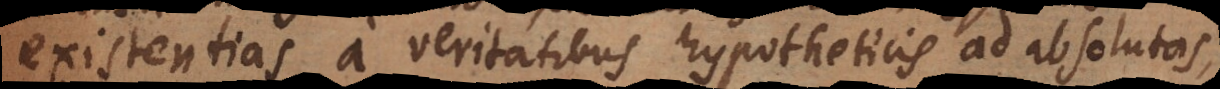
existentias, a veritatibus hypotheticis ad absolutas,